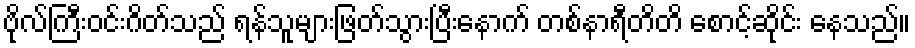
ဗိုလ်ကြီးဝင်းဂိတ်သည် ရန်သူများဖြတ်သွားပြီးနောက် တစ်နာရီတိတိ စောင့်ဆိုင်း နေသည်။